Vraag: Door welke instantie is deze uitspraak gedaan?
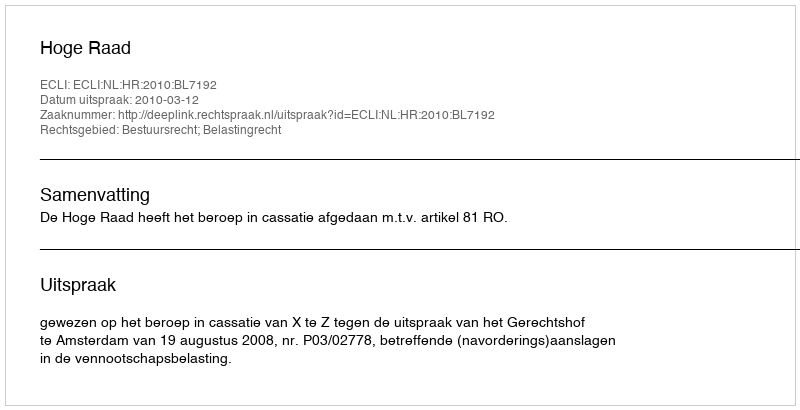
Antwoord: Hoge Raad